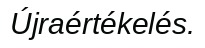
Újraértékelés.